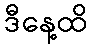
ဒီနေ့ထိ